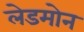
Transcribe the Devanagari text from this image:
लेडमोन